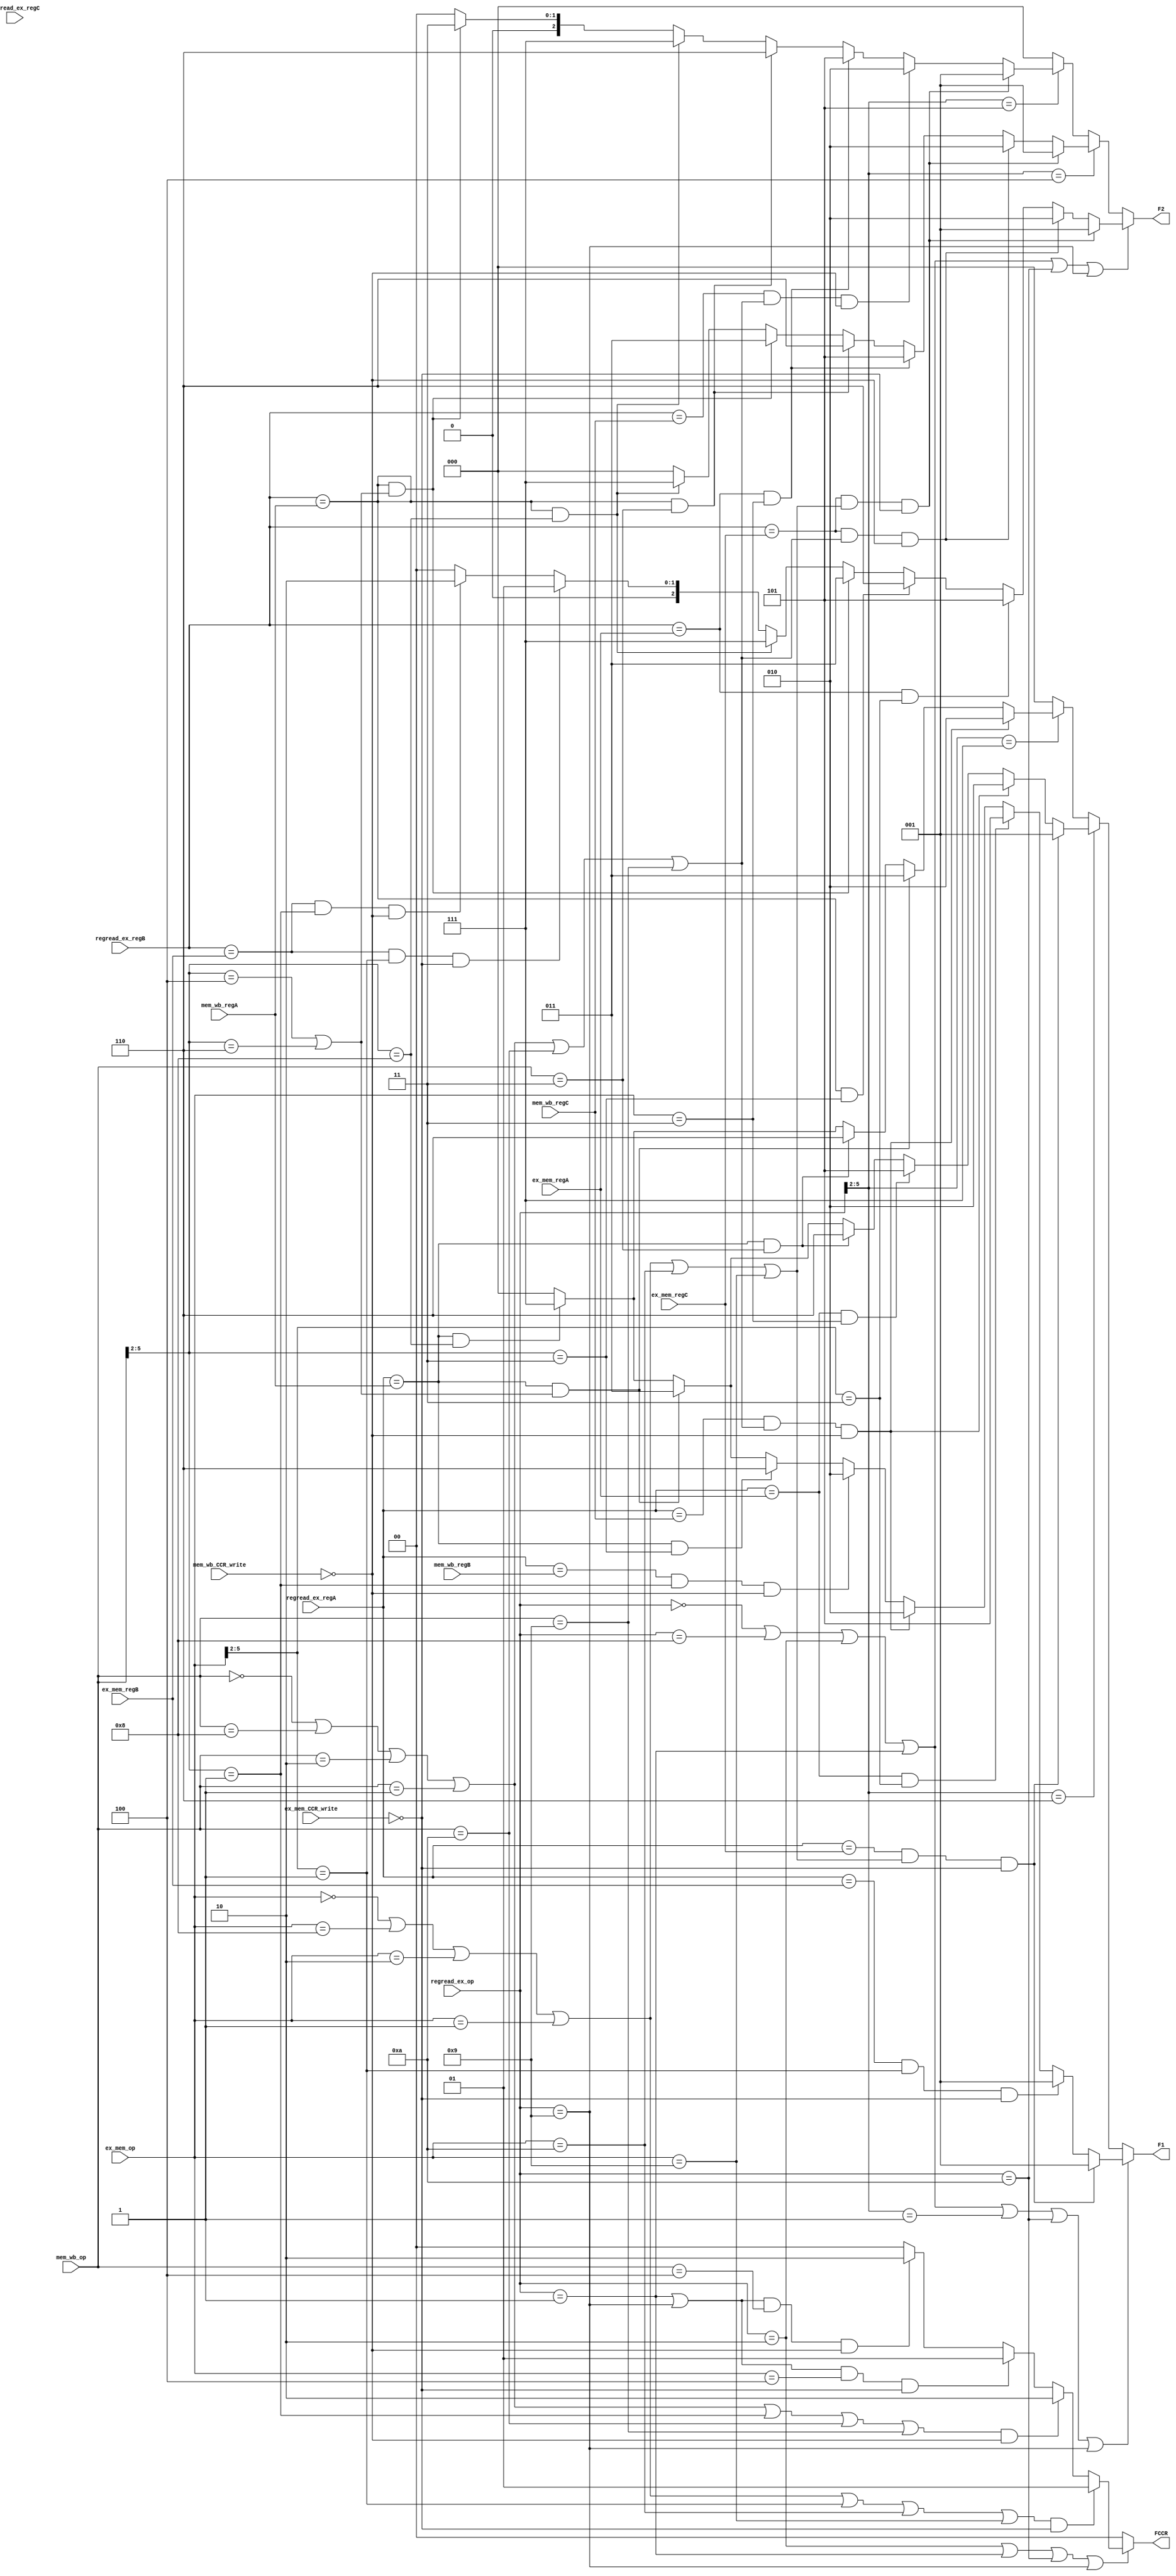



//It's actually forward Ex stage
module forward_Ex_stage(mem_wb_op,mem_wb_regA,mem_wb_regB,mem_wb_regC,ex_mem_op,ex_mem_regA,ex_mem_regB,ex_mem_regC,regread_ex_op,regread_ex_regA,regread_ex_regB,
regread_ex_regC,F1,F2,FCCR,mem_wb_CCR_write,ex_mem_CCR_write);

parameter ADD = 6'b000000;
parameter NDU = 6'b001000;
parameter ADC = 6'b000010;
parameter ADZ = 6'b000001;
parameter ADI = 4'b0001;
parameter NDC = 6'b001010;
parameter NDZ = 6'b001001;
parameter LHI = 4'b0011;
parameter LW  = 4'b0100;
parameter SW  = 4'b0101;
parameter LM  = 4'b0110;
parameter SM  = 4'b0111;
parameter BEQ = 4'b1100;
parameter JAL = 4'b1000;
parameter JLR = 4'b1001;

input [2:0] mem_wb_regA,mem_wb_regB,mem_wb_regC,ex_mem_regA,ex_mem_regB,ex_mem_regC,regread_ex_regA,regread_ex_regB,regread_ex_regC;
input [5:0]mem_wb_op,ex_mem_op,regread_ex_op;
input mem_wb_CCR_write,ex_mem_CCR_write;
output reg [2:0]F1,F2;
output reg [1:0]FCCR;


			
			
always @ (*)
begin

	if(regread_ex_op==ADD||regread_ex_op==NDU||regread_ex_op==ADC||regread_ex_op==ADZ||regread_ex_op[5:2]==ADI||regread_ex_op==NDC||regread_ex_op==NDZ)
		begin        // for  operators
				
			if((regread_ex_regA==ex_mem_regC)&&(ex_mem_op==ADD||ex_mem_op==NDU||ex_mem_op==ADC||ex_mem_op==ADZ
			||ex_mem_op==NDC||ex_mem_op==NDZ)&&(ex_mem_CCR_write==1'b0))
				F1 = 3'b1;//a
			else if((regread_ex_regA == ex_mem_regB)&&(ex_mem_op[5:2]==ADI)
				&&(ex_mem_CCR_write==1'b0))
				
					F1 = 3'b1;//a	
			else if((regread_ex_regA==ex_mem_regA)&&(ex_mem_op[5:2]==LHI))
				F1 = 3'd5;//i
	
	
			else if((regread_ex_regA==mem_wb_regC)&&(mem_wb_op==ADD||mem_wb_op==NDU||mem_wb_op==ADC
				||mem_wb_op==ADZ||mem_wb_op==NDC
				||mem_wb_op==NDZ)&&(mem_wb_CCR_write==1'b0))
					F1 = 3'd2;//b
			else if((regread_ex_regA == mem_wb_regB)&&(mem_wb_op[5:2]==ADI)
				&&(mem_wb_CCR_write==1'b0))
					F1 = 3'd2;//b
					
			else if((regread_ex_regA==mem_wb_regA)&&(mem_wb_op[5:2]==LHI))
				F1 = 3'd6;//j
			else if((regread_ex_regA == mem_wb_regA)&&(mem_wb_op[5:2] ==LW||mem_wb_op[5:2] ==LM))//wait till praveen completes LM to verify
			
					F1 = 3'd3; //forwarded from memory
			else if((regread_ex_regA == mem_wb_regA)&&(mem_wb_op[5:2] == JAL))
					
					F1 = 3'd7; //forwarded PC+1
			else //no hazard, given the current instruction is op
			F1 = 3'b0;	
				
		end			// for  operators

		
		
		
		else if(regread_ex_op[5:2]==LM)
			begin
				
						if((regread_ex_regA == ex_mem_regC)&&(ex_mem_op==ADD||ex_mem_op==NDU
						||ex_mem_op==ADC||ex_mem_op==ADZ
									||ex_mem_op==NDC||ex_mem_op==NDZ)&&(ex_mem_CCR_write==1'b0))
							F1 = 3'b1;//a
						else if((regread_ex_regA == mem_wb_regC)&&(mem_wb_op==ADD||mem_wb_op==NDU||mem_wb_op==ADC
									||mem_wb_op==ADZ||mem_wb_op==NDC
									||mem_wb_op==NDZ)&&(mem_wb_CCR_write==1'b0))
							F1 = 3'd2;//b
						
					else if((regread_ex_regA==ex_mem_regA)&&(ex_mem_op==LHI))
							F1 = 3'd5;//i
					else if((regread_ex_regA==mem_wb_regA)&&(mem_wb_op==LHI))
							F1 = 3'd6;//j		
					
					else	if((regread_ex_regA == mem_wb_regA)&&(mem_wb_op[5:2]==LW||mem_wb_op[5:2]==LM))
							F1 = 3'd3;
						else if((regread_ex_regA == mem_wb_regA)&& (mem_wb_op[5:2] ==JAL))
							F1 = 3'd7;//k -> PC+1
						
				else 
					F1 = 3'b0; //no hazards,given current instruction is LM
					
			end
		
		
		else if(regread_ex_op[5:2]==SM)
			begin
				if((regread_ex_regA == mem_wb_regC)&&(mem_wb_op==ADD||mem_wb_op==NDU||mem_wb_op==ADC
									||mem_wb_op==ADZ||mem_wb_op==NDC
									||mem_wb_op==NDZ)&&(mem_wb_CCR_write==1'b0))
							F1 = 3'd2;//b
				else if((regread_ex_regA == mem_wb_regA)&&(mem_wb_op[5:2]==LW||mem_wb_op[5:2]==LM))
							F1 = 3'd3;//c
		
				else if((regread_ex_regA==mem_wb_regA)&&(mem_wb_op==LHI))
							F1 = 3'd6;//j	
				else if((regread_ex_regA == mem_wb_regA)&& (mem_wb_op[5:2] ==JAL))
							F1 = 3'd7;//k -> PC+1	
				else 
					F1 = 3'b0;
			end	
		else 

				F1 = 3'b0;
end


			
			
			
			always @ (*)
begin

	if(regread_ex_op==ADD||regread_ex_op==NDU||regread_ex_op==ADC||regread_ex_op==ADZ||regread_ex_op==NDC||regread_ex_op==NDZ)//NO ADI as ADI has only regA
				begin        // for  operators
						
							
								if((regread_ex_regB==ex_mem_regC)&&(ex_mem_op==ADD||ex_mem_op==NDU||ex_mem_op==ADC||ex_mem_op==ADZ
								||ex_mem_op==NDC||ex_mem_op==NDZ)&&(ex_mem_CCR_write==1'b0))
								
									F2 = 3'b1;//a
								
								
								else if((regread_ex_regB==ex_mem_regC)&&(mem_wb_op==ADD||mem_wb_op==NDU||mem_wb_op==ADC
								||mem_wb_op==ADZ||mem_wb_op==NDC
								||mem_wb_op==NDZ)&&(mem_wb_CCR_write==1'b0))
									F2 = 3'd2;//b
							
							else if((regread_ex_regB==ex_mem_regA)&&(ex_mem_op[5:2]==LHI))
								F2 = 3'd5;//i
					
							else if((regread_ex_regB==mem_wb_regA)&&(mem_wb_op[5:2]==LHI))
								F2 = 3'd6;//j
							else	if((regread_ex_regB == mem_wb_regA)&&(mem_wb_op[5:2] ==LW||mem_wb_op[5:2] ==LM))//wait till praveen completes LM to verify
								
									F2 = 3'd3; //forwarded from memory
								else if((regread_ex_regB == mem_wb_regA)&&(mem_wb_op[5:2] == JAL))
								
								F2 = 3'd7; //forwarded PC+1
								
						
							
							else	if((regread_ex_regB == ex_mem_regB)&&(ex_mem_op[5:2]==ADI)&&(ex_mem_CCR_write==1'b0))
									F2 = 3'b1;//a
								else if((regread_ex_regB == ex_mem_regB)&&(mem_wb_op[5:2]==ADI)&&(mem_wb_CCR_write==1'b0))
									F2 = 3'd2;//b
								else 
									F2 = 3'd0;//no hazards when current instruction is op
							
						
				end			// for  operators
		
		
		
		else if(regread_ex_op[5:2]==LW)
			begin
				
						if((regread_ex_regB == ex_mem_regC)&&(ex_mem_op==ADD||ex_mem_op==NDU||ex_mem_op==ADC||ex_mem_op==ADZ
									||ex_mem_op==NDC||ex_mem_op==NDZ)&&(ex_mem_CCR_write==1'b0))
							F2 = 3'b1;//a
						else if((regread_ex_regB == ex_mem_regC)&&(mem_wb_op==ADD||mem_wb_op==NDU||mem_wb_op==ADC
									||mem_wb_op==ADZ||mem_wb_op==NDC
									||mem_wb_op==NDZ)&&(mem_wb_CCR_write==1'b0))
							F2 = 3'd2;//b
						
					else if((regread_ex_regB==ex_mem_regA)&&(ex_mem_op==LHI))
							F2 = 3'd5;//i
					else if((regread_ex_regB==mem_wb_regA)&&(mem_wb_op==LHI))
							F2 = 3'd6;//j		
					
					else	if((regread_ex_regB == mem_wb_regA)&&(mem_wb_op[5:2]==LW||mem_wb_op[5:2]==LM))
							F2 = 3'd3;
						else if((regread_ex_regB == mem_wb_regA)&& (mem_wb_op[5:2] ==JAL))
							F2 = 3'd7;//k -> PC+1
						
				else 
					F2 = 3'b0; //no hazards,given current instruction is LW
					
			end
			
			else if(regread_ex_op[5:2]==SW)
			begin
				if((regread_ex_regB == ex_mem_regC)&&(ex_mem_op==ADD||ex_mem_op==NDU||ex_mem_op==ADC||ex_mem_op==ADZ
									||ex_mem_op==NDC||ex_mem_op==NDZ)&&(ex_mem_CCR_write==1'b0))
					F2 = 3'b1;//a
				else if((regread_ex_regB == mem_wb_regC)&&(mem_wb_op==ADD||mem_wb_op==NDU||mem_wb_op==ADC
									||mem_wb_op==ADZ||mem_wb_op==NDC
									||mem_wb_op==NDZ)&&(mem_wb_CCR_write==1'b0))
					F2 = 3'd2;//b	
				else if((regread_ex_regB==ex_mem_regA)&&(ex_mem_op==LHI))
							F2 = 3'd5;//i
				else if((regread_ex_regB==mem_wb_regA)&&(mem_wb_op==LHI))
							F2 = 3'd6;//j		
				else if((regread_ex_regB == mem_wb_regA)&& (mem_wb_op[5:2] ==JAL))
							F2 = 3'd7;//k -> PC+1
				else	if((regread_ex_regB == mem_wb_regA)&&(mem_wb_op[5:2] ==LW||mem_wb_op[5:2] ==LM))//wait till praveen completes LM to verify
								
									F2 = 3'd3; //forwarded from memory
				else 
					F2 = 3'd0;
			end
		else 
			F2 = 3'b0;
end


			

always @(*)
begin
if(regread_ex_op==ADC||regread_ex_op==ADZ||regread_ex_op==NDC||regread_ex_op==NDZ) 
		begin
		if((ex_mem_op==ADD||ex_mem_op==NDU||ex_mem_op==ADC||ex_mem_op==ADZ||ex_mem_op[5:2]==ADI||ex_mem_op==NDC||ex_mem_op==NDZ)&&(ex_mem_CCR_write==1'b0))//if the current op is conditional on CCR, CCR needs to be forwarded
			FCCR = 2'b1;
		else if((mem_wb_op==ADD||mem_wb_op==NDU||mem_wb_op==ADC||mem_wb_op==ADZ||mem_wb_op[5:2]==ADI||mem_wb_op==NDC||mem_wb_op==NDZ)&&(mem_wb_CCR_write==1'b0))
			FCCR = 2'd2;
		else if((regread_ex_op==ADZ||regread_ex_op==NDZ)&&(ex_mem_op==LW)&&(ex_mem_CCR_write==1'b0))
		
			FCCR = 2'b1;
		
		else if((regread_ex_op==ADZ||regread_ex_op==NDZ)&&(mem_wb_op==LW)&&(mem_wb_CCR_write==1'b0))
			FCCR = 2'd2;
			
		else 
			FCCR = 2'b0;
		end

else 
	FCCR = 2'b0;
end


endmodule